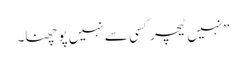
”نہیں ٹیچر کسی سے نہیں پو چھنا۔